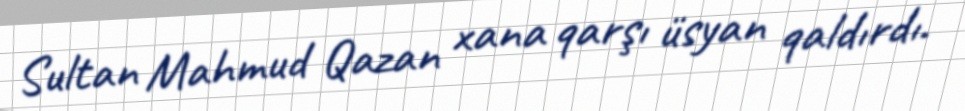
Sultan Mahmud Qazan xana qarşı üsyan qaldırdı.